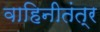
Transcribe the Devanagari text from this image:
वाहिनीतंत्र